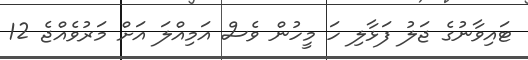
ޓައިވާނުގެ ޖަލު ފަޅާލި ހަ މީހުން ވެސް އަމިއްލަ އަށް މަރުވެއްޖެ 12